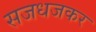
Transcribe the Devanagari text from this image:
सजधजकर